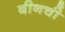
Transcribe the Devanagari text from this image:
बीनची